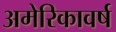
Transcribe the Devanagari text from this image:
अमेरिकावर्ष